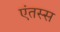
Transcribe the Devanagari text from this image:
एंतस्स